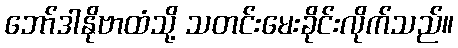
ဘော်ဒါနိုဗာထံသို့ သတင်းမေးခိုင်းလိုက်သည်။